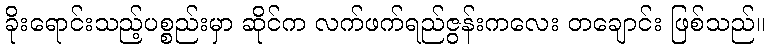
ခိုးရောင်းသည့်ပစ္စည်းမှာ ဆိုင်က လက်ဖက်ရည်ဇွန်းကလေး တချောင်း ဖြစ်သည်။